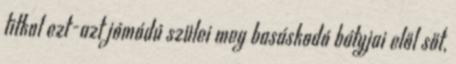
titkol ezt-azt jómódú szülei meg basáskodó bátyjai elől sőt,